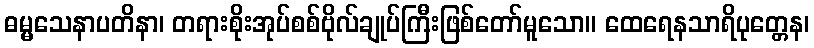
ဓမ္မသေနာပတိနာ၊ တရားစိုးအုပ်စစ်ဗိုလ်ချုပ်ကြီးဖြစ်တော်မူသော။ ထေရေနသာရိပုတ္တေန၊